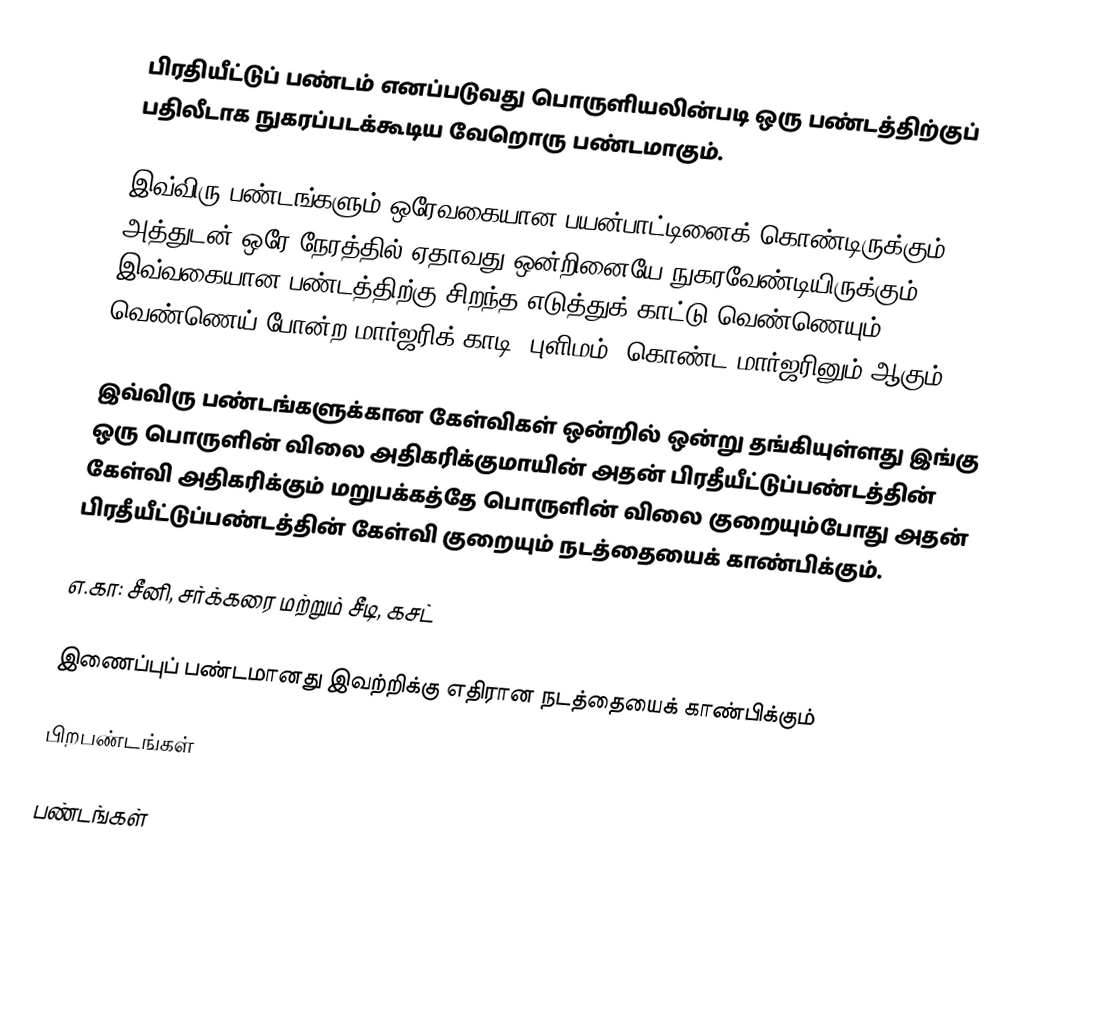
பிரதியீட்டுப் பண்டம் எனப்படுவது பொருளியலின்படி ஒரு பண்டத்திற்குப் பதிலீடாக நுகரப்படக்கூடிய வேறொரு பண்டமாகும்.

இவ்விரு பண்டங்களும் ஒரேவகையான பயன்பாட்டினைக் கொண்டிருக்கும் அத்துடன் ஒரே நேரத்தில் ஏதாவது ஒன்றினையே நுகரவேண்டியிருக்கும். இவ்வகையான பண்டத்திற்கு சிறந்த எடுத்துக் காட்டு வெண்ணெயும், வெண்ணெய் போன்ற மார்ஜரிக் காடி (புளிமம்) கொண்ட மார்ஜரினும் ஆகும்.

இவ்விரு பண்டங்களுக்கான கேள்விகள் ஒன்றில் ஒன்று தங்கியுள்ளது இங்கு ஒரு பொருளின் விலை அதிகரிக்குமாயின் அதன் பிரதீயீட்டுப்பண்டத்தின் கேள்வி அதிகரிக்கும் மறுபக்கத்தே பொருளின் விலை குறையும்போது அதன் பிரதீயீட்டுப்பண்டத்தின் கேள்வி குறையும் நடத்தையைக் காண்பிக்கும்.

எ.கா: சீனி, சர்க்கரை மற்றும் சீடி, கசட்

இணைப்புப் பண்டமானது இவற்றிக்கு எதிரான நடத்தையைக் காண்பிக்கும்

பிறபண்டங்கள்

பண்டங்கள்